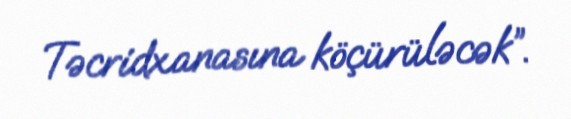
Təcridxanasına köçürüləcək”.